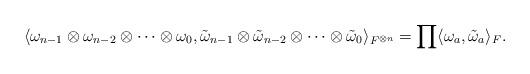
LaTeX: \begin{align*} \langle \omega_{n-1}\otimes\omega_{n-2}\otimes\dots\otimes\omega_{0},\tilde\omega_{n-1}\otimes\tilde\omega_{n-2}\otimes\dots\otimes\tilde\omega_{0}\rangle_{F^{\otimes n}}=\prod \langle \omega_{a},\tilde \omega_{a}\rangle_{F}.\end{align*}